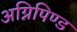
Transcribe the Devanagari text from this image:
अग्निपिण्ड